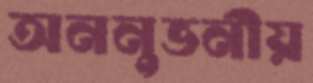
অননুভনীয়